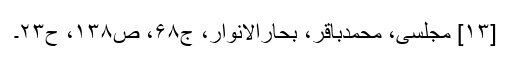
[۱۳] مجلسی، محمدباقر، بحارالانوار، ج۶۸، ص۱۳۸، ح۲۳۔